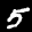
Label: 5